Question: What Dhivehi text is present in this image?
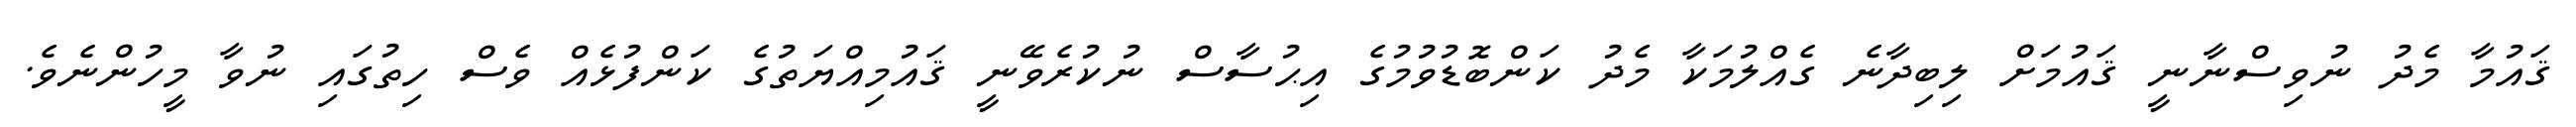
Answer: ޤައުމާ މެދު ނުވިސްނާނީ ޤައުމަށް ލިބިދާނެ ގެއްލުމަކާ މެދު ކަންބޮޑުވުމުގެ އިޙުސާސް ނުކުރެވޭނީ ޤައުމިއްޔަތުގެ ކަންފުޅެއް ވެސް ހިތުގައި ނުވާ މީހުންނެވެ.